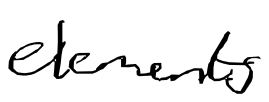
Text: elements
Cross-out: clean
Writing tool: digital_black